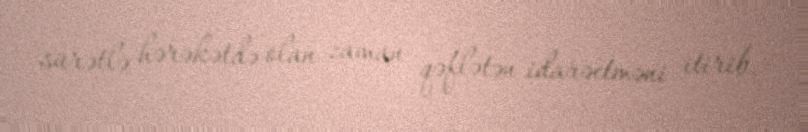
sürətlə hərəkətdə olan zaman qəflətən idarəetməni itirib.